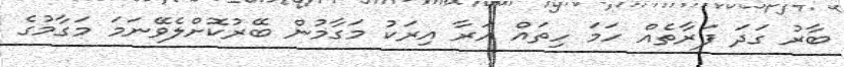
ބާރު ގަދަ ފަރާތެއް ހަމަ ހިތައް އަރާ އިރަކު މަގާމުން ބޭރުކޮށްލެވޭނަމަ މަގާމުގެ